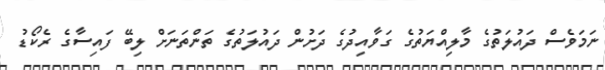
ނަމަވެސް ދައުލަތުގެ މާލިއްޔަތުގެ ގަވާއިދުގެ ދަށުން ދައުލަތުގެ ތަންތަނަށް ލިބޭ ފައިސާގެ ރެކޯޑު